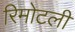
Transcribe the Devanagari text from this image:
रिमोटली